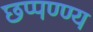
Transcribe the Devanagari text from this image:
छप्पण्ण्य